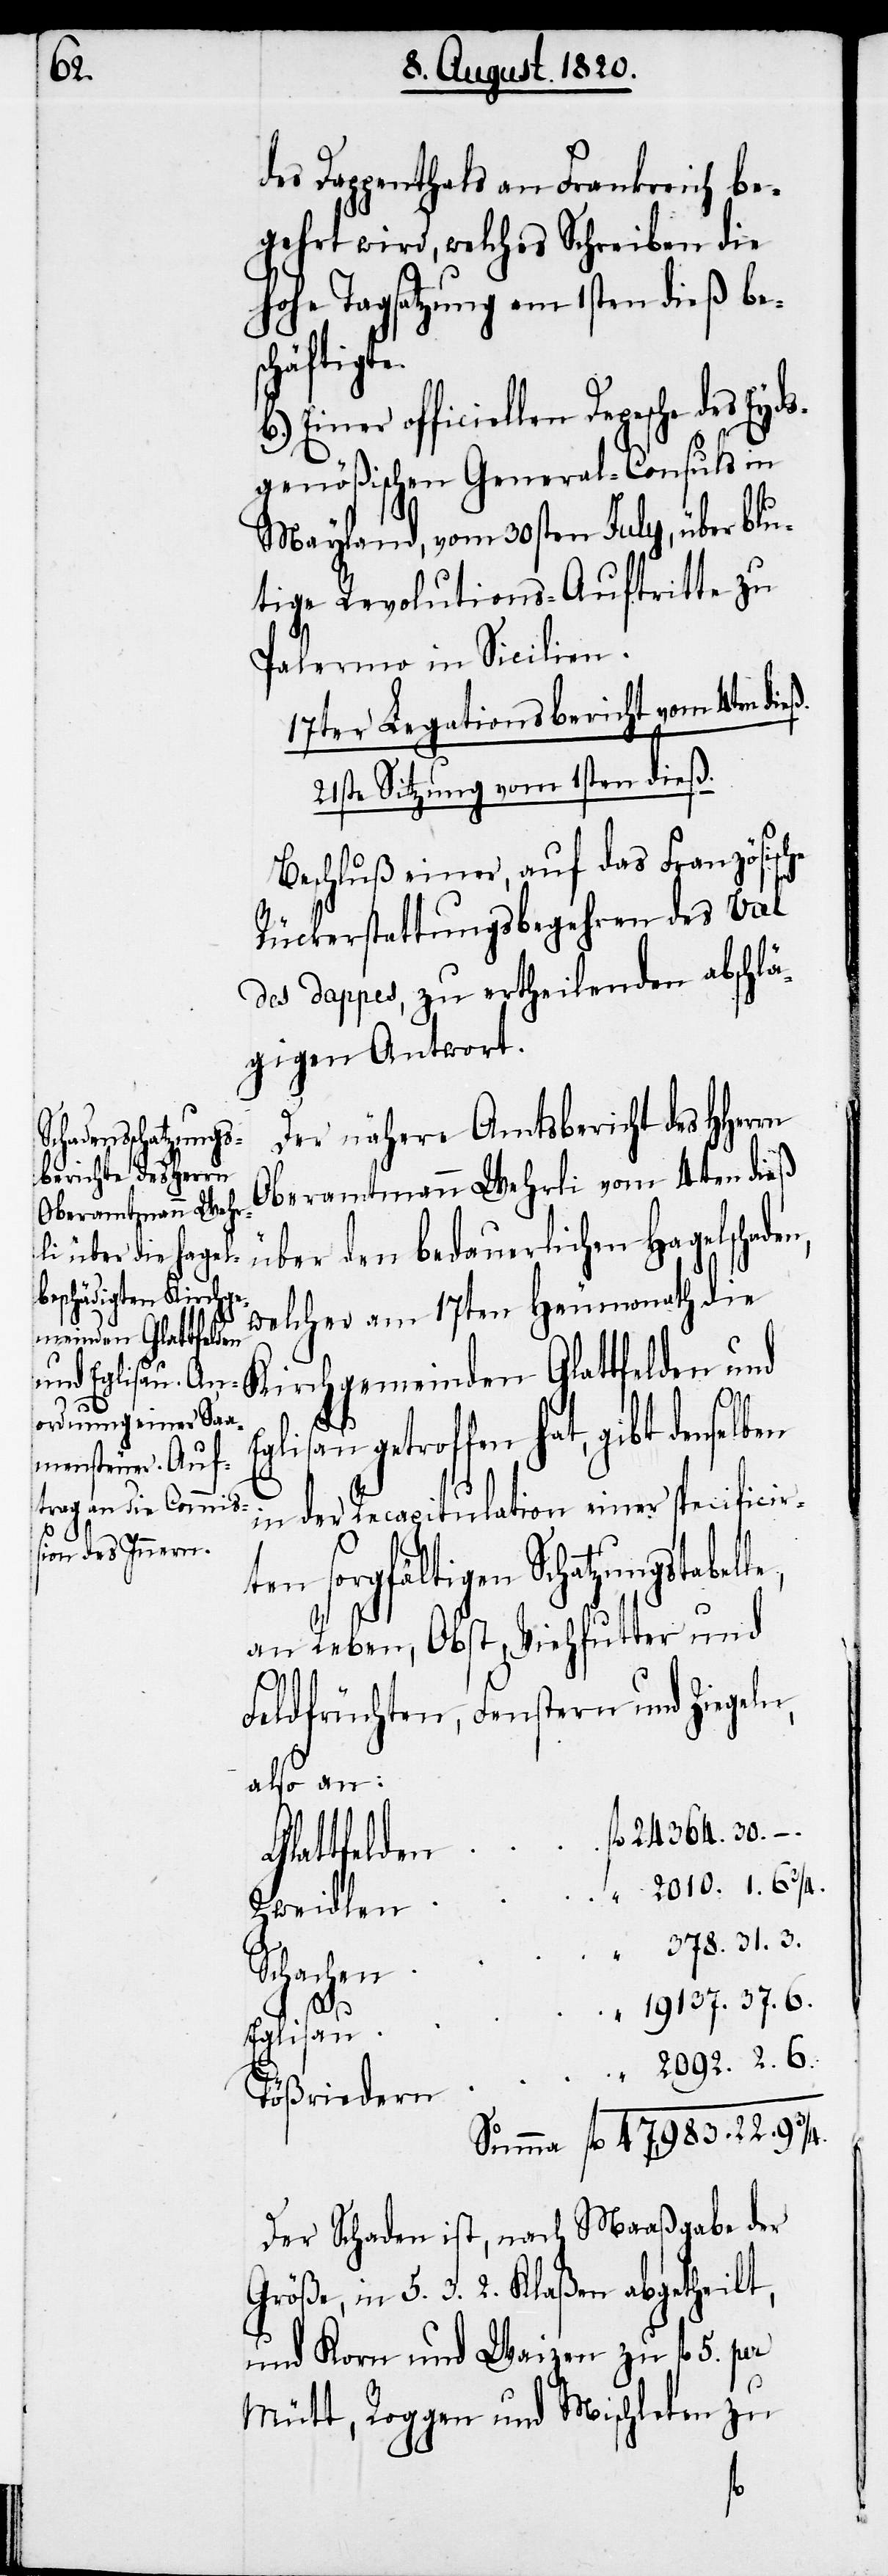
des Dappenthals an Frankreich be¬
gehrt wird, welches Schreiben die
hohe Tagsatzung am 1sten dieß bes¬
officie¬
genößischen General-Consuls in
Mayland, vom 30sten July, über blu¬
tige Revolutions-Auftritte zu
Palermo in Sicilien.
17ter Legationsbericht vom 4ten die¬
21ste Sitzung vom 1sten dieß.
Beschluß einer, auf das Französische
Rückerstattungsbegehren des Val
des dappes, zu ertheilenden abschlä¬
gigen Antwort.
Der nähere Amtsbericht des HHerrn
Oberamtmann Wehrli vom 4ten dieß
über den bedauerlichen Hagelschade¬
welcher am 17ten Heumonath die
meinden Glattfelden
6.
getroffen hat, gibt demselben
in der Recapitulation einer specificir¬
1. 6
ten sorgfältigen Schatzungstabel¬
an Reben, Obst, Viehfutter und
Feldfürchten, Fenstern und Ziegeln,
also an:
Glattfelden		fl.	24364. 30
Kirchge¬
3.
Eglisau
Summe	fl.	47,983. 22.
Der Schaden ist, nach Maaßgabe der
Größe, in 5. 3. 2. Klaßen abgetheilt,
und Korn und Weizen zu fl. 5.
Mütt, Roggen und Mischleten zu